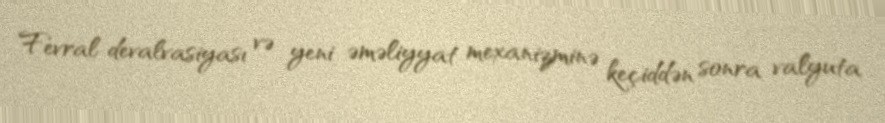
Fevral devalvasiyası və yeni əməliyyat mexanizminə keçiddən sonra valyuta